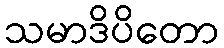
သမာဒိပိတော